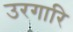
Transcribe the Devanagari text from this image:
उरगारि